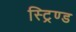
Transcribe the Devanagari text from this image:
स्ट्रिण्ड